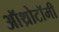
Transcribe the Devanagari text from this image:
ऑथ्रोटॉमी